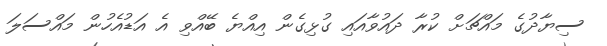
ސިޔާދުގެ މައްޗަށް ކުރާ ދައުވާއައި ގުޅިގެން އިއްޔެ ބޭއްވި އެ އަޑުއެހުން މައްސަލަ